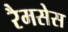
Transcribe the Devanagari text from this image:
रैमसेस